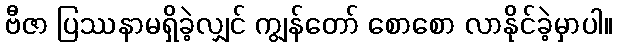
ဗီဇာ ပြဿနာမရှိခဲ့လျှင် ကျွန်တော် စောစော လာနိုင်ခဲ့မှာပါ။